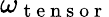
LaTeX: \omega_{\mathrm{~t~e~n~s~o~r~}}